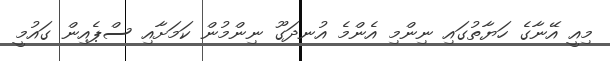
މިއީ އޭނާގެ ހަޔާތުގައި ނިންމި އެންމެ އުނދަގޫ ނިންމުން ކަމަށާއި ސްޕެއިން ގައުމީ